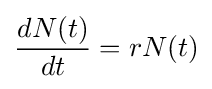
{\frac {dN(t)}{dt}}=rN(t)